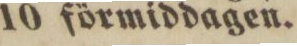
10 förmiddagen.